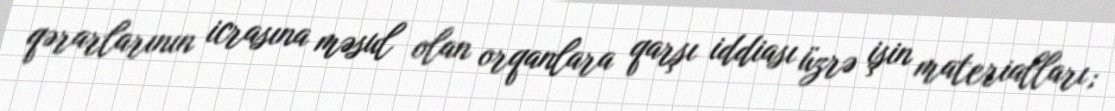
qərarlarının icrasına məsul olan orqanlara qarşı iddiası üzrə işin materialları;